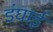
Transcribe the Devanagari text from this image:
डंघाई